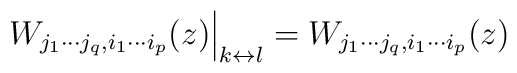
\qquad\left.W_{j_1\cdots j_q,i_1\cdots i_p}(z)\right|_{k\leftrightarrow l} =W_{j_1\cdots j_q,i_1\cdots i_p}(z) \qquad